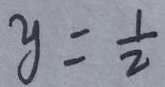
y = \frac { 1 } { 2 }